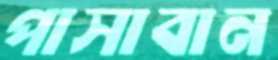
পাসাবান